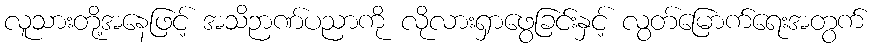
လူသားတို့အနေဖြင့် အသိဉာဏ်ပညာကို လိုလားရှာဖွေခြင်းနှင့် လွတ်မြောက်ရေးအတွက်